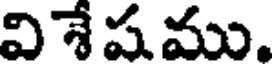
వి శే ష ము.